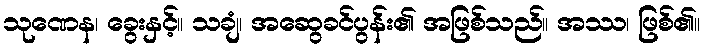
သုဏေန၊ ခွေးနှင့်။ သချံ၊ အဆွေခင်ပွန်း၏ အဖြစ်သည်။ အဿ၊ ဖြစ်၏။